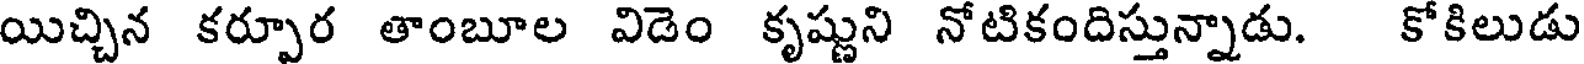
యిచ్చిన కర్పూర తాంబూల విడెం కృష్ణుని నోటికందిస్తున్నాడు. కోకిలుడు